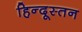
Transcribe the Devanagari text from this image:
हिन्दूस्तन